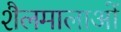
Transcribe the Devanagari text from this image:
शैलमालाओं